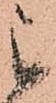
被